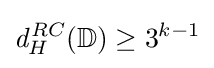
{\mathit {d}}_{H}^{RC}(\mathbb {D} )\geq {3}^{k-1}